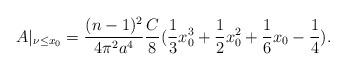
LaTeX: \begin{align*}A|_{\nu\leq x_0}=\frac{(n-1)^2}{4 \pi^2 a^4}\frac{C}{8}(\frac{1}{3}x_0^3+\frac{1}{2}x_0^2+\frac{1}{6}x_0-\frac{1}{4}).\end{align*}